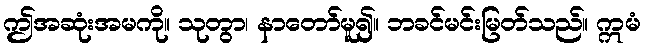
ဤအဆုံးအမကို။ သုတွာ၊ နာတော်မူ၍။ ဘခင်မင်းမြတ်သည်။ ဣမံ